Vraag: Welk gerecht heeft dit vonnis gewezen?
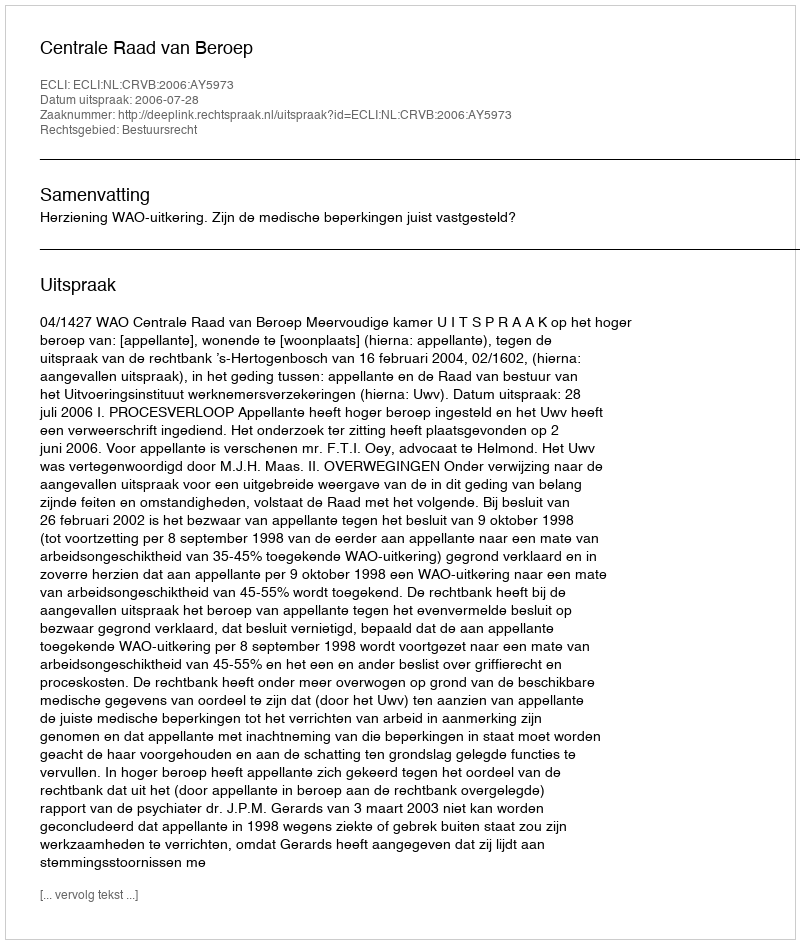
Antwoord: Centrale Raad van Beroep